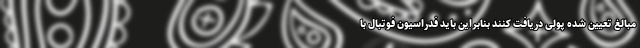
مبالغ تعیین شده پولی دریافت کنند بنابراین باید فدراسیون فوتبال با